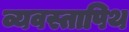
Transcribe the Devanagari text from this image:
व्यवस्तापिथ